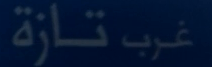
غرب تازة